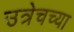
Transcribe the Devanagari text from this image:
उत्रेचच्या